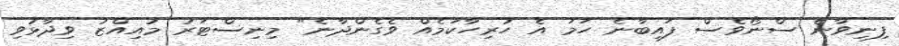
ފިނިވާނެ ސްނޯވެސް ފައިބާނެ ހަމަ އެ ހުރިހާކަމެއް ވެގެންދާނެ" މިނިސްޓަރު މުއިއްޒު ވިދާޅުވި